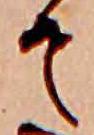
そ